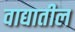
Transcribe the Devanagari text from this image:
वाद्यातील